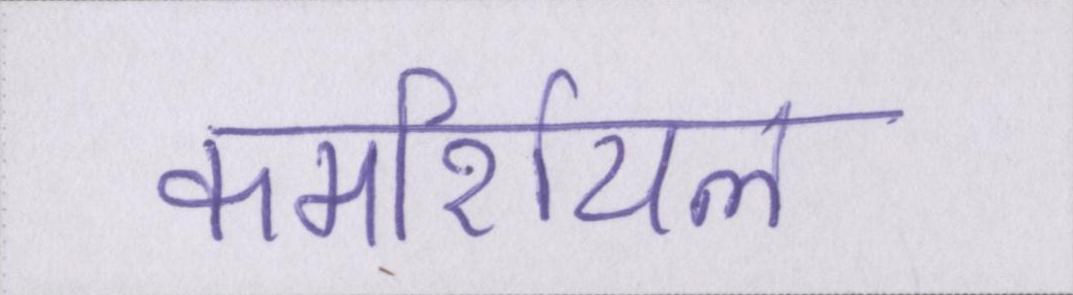
कमर्शियल